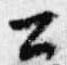
公